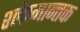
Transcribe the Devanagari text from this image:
श्‍लेष्मान्तक